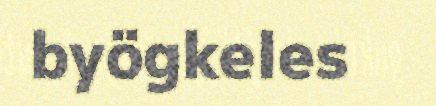
byögkeles